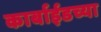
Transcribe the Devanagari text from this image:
कार्बाईडच्या